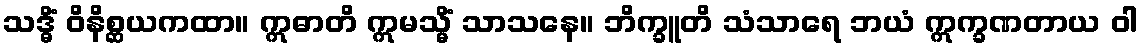
သဒ္ဓိံ ဝိနိစ္ဆယကထာ။ ဣဓာတိ ဣမသ္မိံ သာသနေ။ ဘိက္ခူတိ သံသာရေ ဘယံ ဣက္ခဏတာယ ဝါ